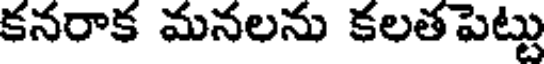
కనరాక మనలను కలతపెట్టు